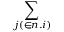
\sum _ { j ( \in n . i ) }